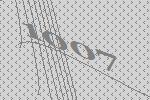
1007